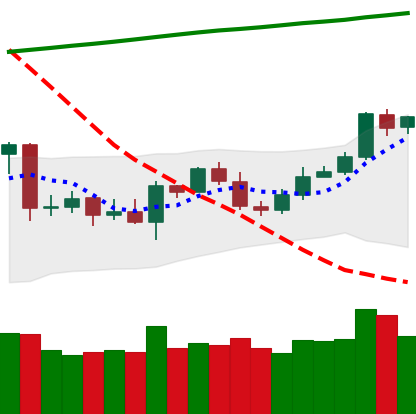
Ticker: ETC-USD
Chart end date: 2020-04-28
Forward return: 16.734%
Label: up_7plus